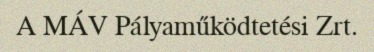
A MÁV Pályaműködtetési Zrt.